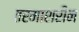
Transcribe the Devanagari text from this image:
तरमाशरीन